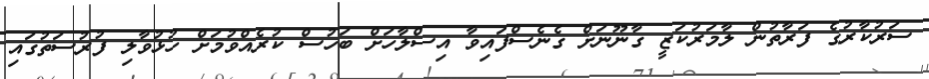
ސަރުކާރުގެ ފަރާތުން ލާމަރުކަޒީ ގާނޫނަށް ގެނެސްފައިވާ އިސްލާހަށް ބަހުސް ކުރެއްވުމަށް ހުޅުވާލި ފުރުސަތުގައި